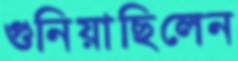
গুনিয়াছিলেন